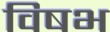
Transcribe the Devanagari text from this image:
विषभ